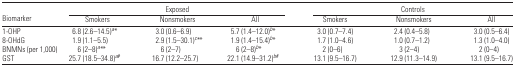
|  | <COLSPAN=3> Exposed | <COLSPAN=3> Controls |
 | Biomarker | Smokers | Nonsmokers | All | Smokers | Nonsmokers | All |
 | --- | --- | --- | --- | --- | --- | --- |
 | 1-OHP | 6.8 (2.6–14.5)a* | 3.0 (0.6–6.9) | 5.7 (1.4–12.0)b* | 3.0 (0.7–7.4) | 2.4 (0.4–5.8) | 3.0 (0.5–6.4) |
 | 8-OhdG | 1.9 (1.1–5.5) | 2.9 (1.5–30.1)c** | 1.9 (1.4–15.4)b* | 1.7 (1.0–4.6) | 1.0 (0.7–1.2) | 1.3 (1.0–4.0) |
 | BNMNs (per 1,000) | 6 (2–8)a** | 6 (2–7) | 6 (2–8)b* | 2 (0–6) | 3 (2–4) | 2 (0–4) |
 | GST | 25.7 (18.5–34.8)a# | 16.7 (12.2–25.7) | 22.1 (14.9–31.2)b# | 13.1 (9.5–16.7) | 12.9 (11.3–14.9) | 13.1 (9.5–16.7) |